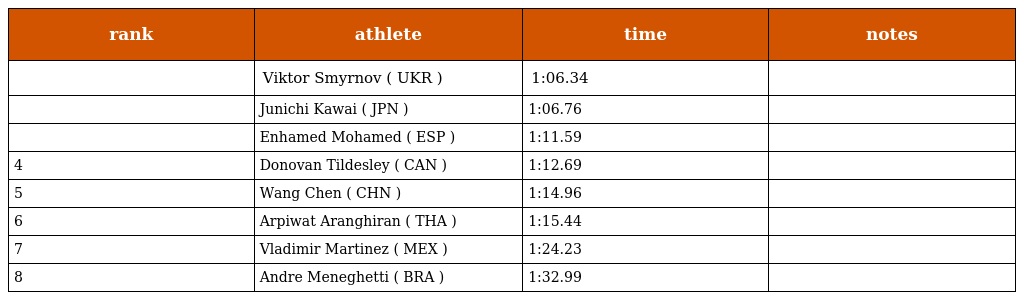
| rank | athlete | time | notes |
 | --- | --- | --- | --- |
 |  | Viktor Smyrnov ( UKR ) | 1:06.34 |  |
 |  | Junichi Kawai ( JPN ) | 1:06.76 |  |
 |  | Enhamed Mohamed ( ESP ) | 1:11.59 |  |
 | 4 | Donovan Tildesley ( CAN ) | 1:12.69 |  |
 | 5 | Wang Chen ( CHN ) | 1:14.96 |  |
 | 6 | Arpiwat Aranghiran ( THA ) | 1:15.44 |  |
 | 7 | Vladimir Martinez ( MEX ) | 1:24.23 |  |
 | 8 | Andre Meneghetti ( BRA ) | 1:32.99 |  |